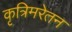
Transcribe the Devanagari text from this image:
कृत्रिमरेतन